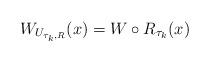
LaTeX: \begin{align*} W_{U_{\tau_k,R}}(x)=W\circ R_{\tau_k}(x)\end{align*}